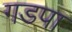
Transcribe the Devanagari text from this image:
गडपा